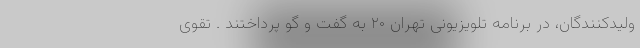
ولیدکنندگان، در برنامه تلویزیونی تهران ۲۰ به گفت و گو پرداختند . تقوی